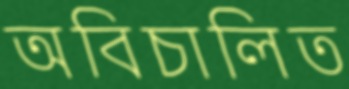
অবিচালিত